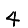
Digit: 4